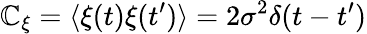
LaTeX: \mathbb{C}_{\xi}=\langle\xi(t)\xi(t^{\prime})\rangle=2\sigma^{2}\delta(t-t^{\prime})